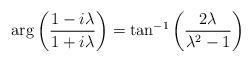
LaTeX: \begin{align*}\arg\left(\frac{1-i\lambda}{1+i\lambda}\right)=\tan^{-1}\left(\frac{2\lambda}{\lambda^{2}-1}\right)\end{align*}